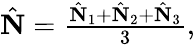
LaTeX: \begin{array}{r}{\hat{\mathbf N}=\frac{\hat{\mathbf N}_{1}+\hat{\mathbf N}_{2}+\hat{\mathbf N}_{3}}{3},}\end{array}